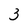
Character: 3